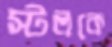
স্টলকে